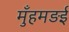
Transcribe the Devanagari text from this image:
मुँहमड़ई